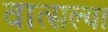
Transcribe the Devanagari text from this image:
वात्सल्य।